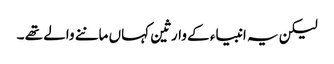
لیکن یہ انبیاء کے وارثین کہاں ماننے والے تھے ۔